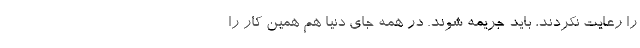
را رعایت نکردند، باید جریمه شوند. در همه جای دنیا هم همین کار را